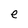
Character: e